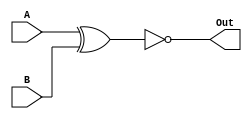
module ExnorGate (A, B ,Out);
	input A , B;
	output Out;

	assign Out = ~(A ^ B) ;
endmodule